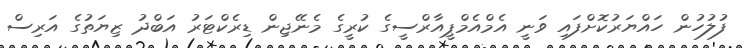
ފުލުހުން ހައްޔަރުކޮށްފައި ވަނީ އެމްއެމްޕީއާރްސީގެ ކުރީގެ މެނޭޖިން ޑިރެކްޓަރު އަބްދު ޒިޔަތުގެ އަރިސް